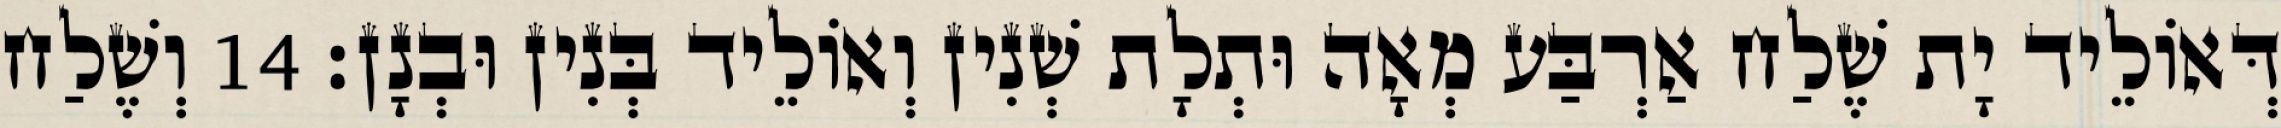
דְּאוֹלֵיד יָת שֶׁלַח אַרְבַּע מְאָה וּתְלָת שְׁנִין וְאוֹלֵיד בְּנִין וּבְנָן׃ 14 וְשֶׁלַח